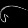
Digit: ၆